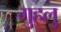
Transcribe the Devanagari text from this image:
गुहलु